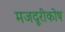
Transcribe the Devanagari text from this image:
मजदूरीकोष